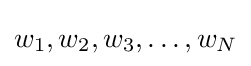
w_{1},w_{2},w_{3},\dots ,w_{N}